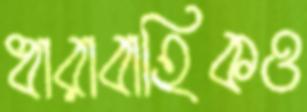
ধারাবাহিকও